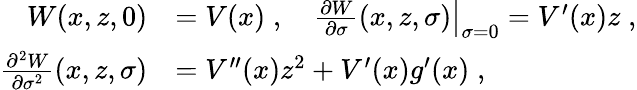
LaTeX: \begin{array}{rl}{W(x,z,0)}&{=V(x)\; ,\quad\left.\frac{\partial W}{\partial\sigma}(x,z,\sigma)\right|_{\sigma=0}=V^{\prime}(x)z\; ,}\\ {\frac{\partial^{2}W}{\partial\sigma^{2}}(x,z,\sigma)}&{=V^{\prime\prime}(x)z^{2}+V^{\prime}(x)g^{\prime}(x)\; ,}\end{array}